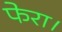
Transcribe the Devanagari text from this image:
फेरा।